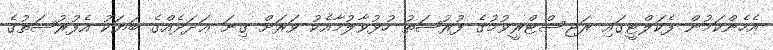
އެހެންކަމުން ފެކަލްޓީގައި ރަޖިސްޓްރީވުމުގެ ފުރުޞަތު ހުޅުވާލުމާއެކު ވަރަށް ގިނަ ޢަދަދެއްގެ ބަޔަކު އެފުރުޞަތުގެ